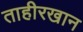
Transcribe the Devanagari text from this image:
ताहीरखान